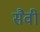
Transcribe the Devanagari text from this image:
सैवी